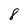
Character: 8